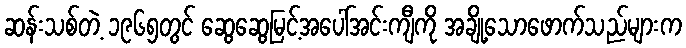
ဆန်းသစ်တဲ့ ၁၉၆၅တွင် ဆွေဆွေမြင့်အပေါ်အင်းကျီကို အချို့သောဖောက်သည်များက